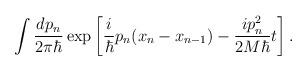
LaTeX: \begin{align*}\int \frac{dp_n}{2\pi\hbar} \exp \left[\frac{i}{\hbar} p_n (x_n-x_{n-1}) - \frac{ip_n^2}{2M\hbar}t\right].\end{align*}